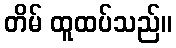
တိမ် ထူထပ်သည်။